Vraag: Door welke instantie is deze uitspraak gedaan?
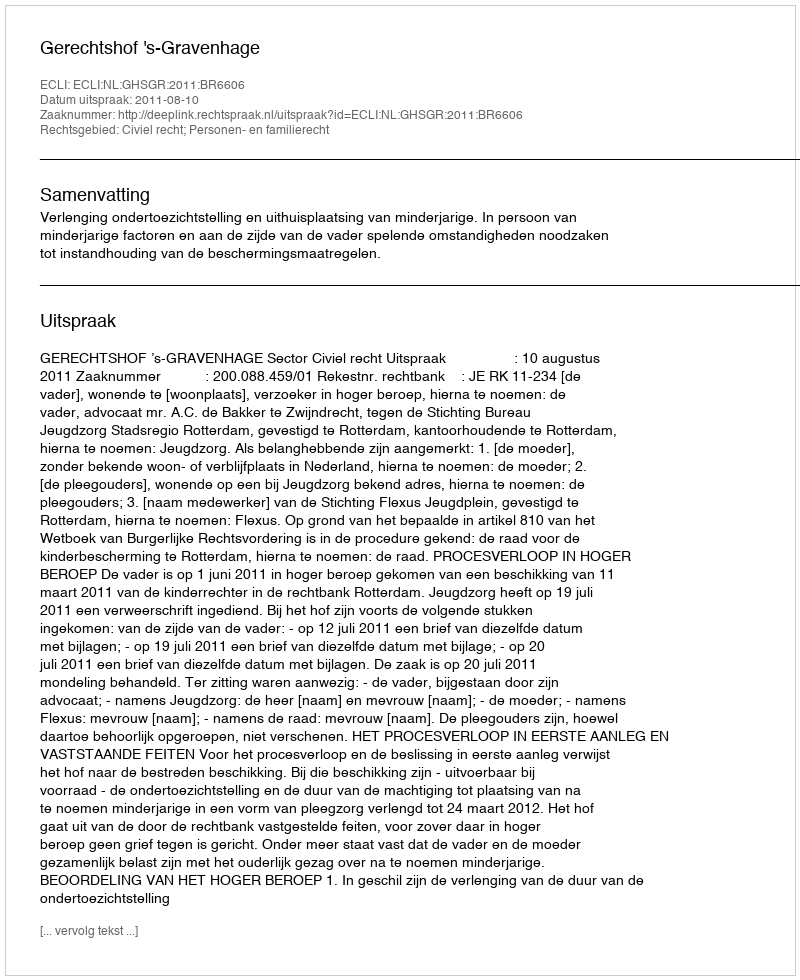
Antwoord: Gerechtshof 's-Gravenhage